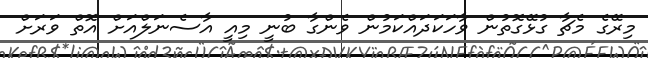
މިރޭގެ މެޗާ ގުޅޭގޮތުން ވާހަކަދައްކަމުން ވެންގާ ބުނީ މިއީ އާސެނަލްއަށް އޮތް ވަރަށް